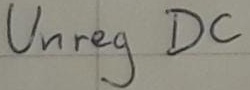
Text: Unreg DC